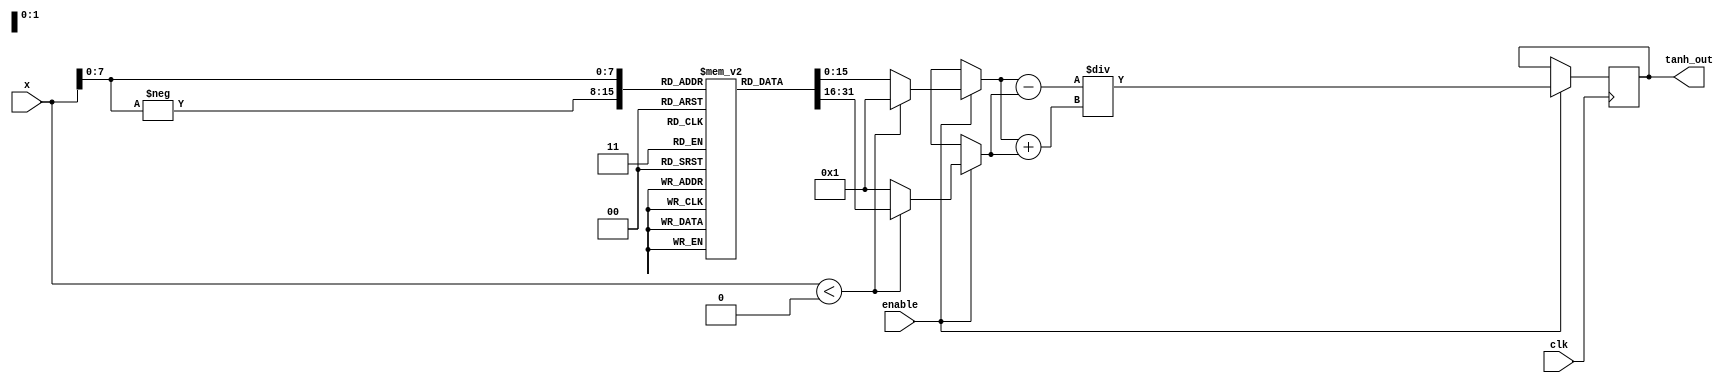
module tanh_block (
    input wire signed [15:0] x,      // Input value (16-bit signed fixed-point)
    input wire clk,                   // Clock signal
    input wire enable,                // Enable signal
    output reg signed [15:0] tanh_out // Output value (16-bit signed fixed-point)
);

    // Constants for fixed-point representation
    parameter FIXED_POINT_FRACTIONAL_BITS = 8;
    parameter MAX_EXP_INPUT = 128; // Max input for the lookup table

    // Lookup tables for e^x and e^-x
    reg signed [15:0] exp_table [0:MAX_EXP_INPUT];
    initial begin
        // Populate the exponential lookup table (e^x)
        // This can be done using a script or manually calculated values
        // Here we fill it with some example values for demonstration
        exp_table[0] = 16'h0001;  // e^0 = 1
        exp_table[1] = 16'h01B2;  // e^1 approx = 2.718
        exp_table[2] = 16'h03F8;  // e^2 approx = 7.389
        // Fill in more values as needed...
        
        // Note: You need to fill the exp_table with appropriate values 
        // for your input range and precision.
    end

    // Internal signals
    reg signed [15:0] exp_x;
    reg signed [15:0] exp_neg_x;

    // Compute tanh function
    always @(posedge clk) begin
        if (enable) begin
            if (x < 0) begin
                exp_neg_x = exp_table[-x]; // e^{-x}
                exp_x = 16'h0001; // e^0 = 1
            end else begin
                exp_x = exp_table[x]; // e^{x}
                exp_neg_x = 16'h0001; // e^0 = 1
            end
            
            // Compute tanh(x) = (e^x - e^{-x}) / (e^x + e^{-x})
            tanh_out <= (exp_x - exp_neg_x) / (exp_x + exp_neg_x);
        end
    end

endmodule